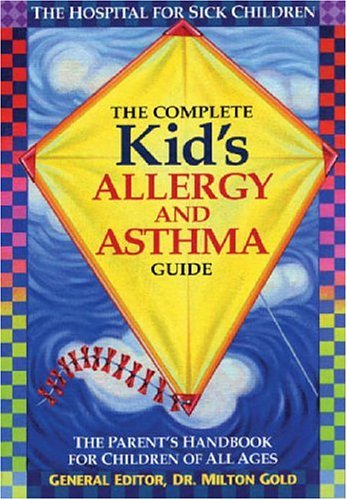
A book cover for The Complete Kid's Allergy and Asthma Guide: Allergy and Asthma Information for Children of All Ages; Health, Fitness & Dieting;